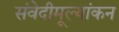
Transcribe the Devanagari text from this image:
संवेदीमूल्यांकन